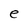
Character: e